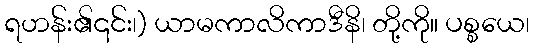
ရဟန်း၏၎င်း၊) ယာမကာလိကာဒီနိ၊ တို့ကို။ ပစ္စယေ၊